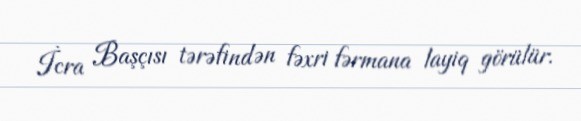
İcra Başçısı tərəfindən fəxri fərmana layiq görülür.